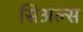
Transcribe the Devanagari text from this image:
सिअल्स